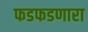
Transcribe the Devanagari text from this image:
फडफडणारा